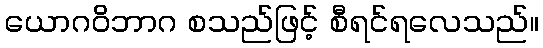
ယောဂဝိဘာဂ စသည်ဖြင့် စီရင်ရလေသည်။